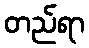
တည်ရာ